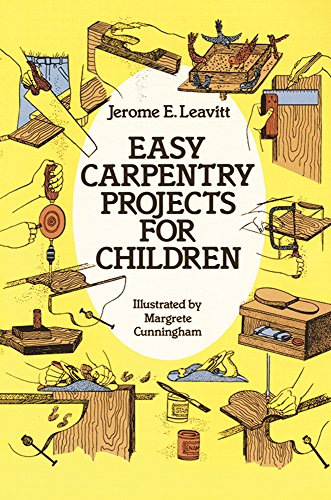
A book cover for Easy Carpentry Projects for Children (Dover Children's Activity Books); Jerome E. Leavitt; Children's Books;